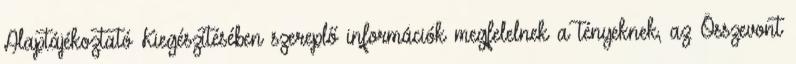
Alaptájékoztató Kiegészítésében szereplő információk megfelelnek a tényeknek, az Összevont